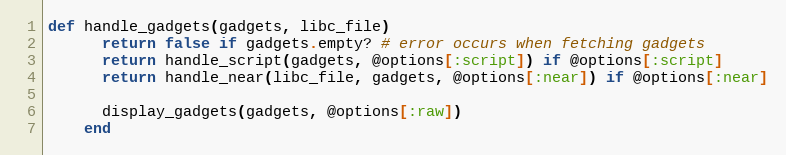
Language: Ruby
def handle_gadgets(gadgets, libc_file)
      return false if gadgets.empty? # error occurs when fetching gadgets
      return handle_script(gadgets, @options[:script]) if @options[:script]
      return handle_near(libc_file, gadgets, @options[:near]) if @options[:near]

      display_gadgets(gadgets, @options[:raw])
    end